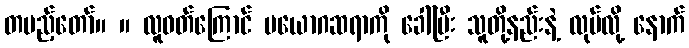
တပည့်တော်။ ။ လူဝတ်ကြောင် ပယောဂဆရာကို ခေါ်ပြီး သူတို့နည်းနဲ့ လုပ်လို့ နောက်